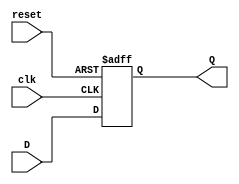
module ffd (input clk, reset,D, output reg Q);

	always @ (posedge clk or posedge reset) 
	begin
		if (reset==1)
			Q<=1'b0;
		else
			Q<=D;
	end
endmodule
 
module elevador (input clk, reset, A, B, output wire Y1,Y2,C);
 
	wire S1,S2,S1_F,S2_F,P1,P1_F,P2,P2_F,P3,P3_F,P4,P4_F;
	
	
	
	ffd U1(clk,reset,S1,S1_F);
	ffd U2(clk,reset,S2,S2_F);
	
	ffd U3(clk,reset,P1,P1_F);
	ffd U4(clk,reset,P2,P2_F);
	ffd U5(clk,reset,P3,P3_F);
	ffd U6(clk,reset,P4,P4_F);
	
	assign S1_F =(S2 & A & ~B & ~P1)|(S2 & A & ~B & ~P4)|(S1 & P1 & P4)|(S1 & S2)|(S1 & ~B)|(S1 & A); 
	assign S2_F =(S1 & ~S2 & ~A & B & ~P1) | (S1 & ~S2 & ~A & B & ~P4) | (~S1 & A & B & ~P1) | (~S1 & A & B & ~P4) 
				| (~S2 & A & ~B & ~P1) | (~S2 & A & ~B & ~P4) | (S2 & P1 & P4) | (S2 & ~A & ~B) | (S1 & S2 & ~B);
	
	assign P1_F =(P2 & P3 & P4) | (P1 & ~P3);
	assign P2_F =(~P2 & P3 & P4) | (P2 & ~P3) | (P2 & ~P4);
	assign P3_F =(~P1 & P3 & ~P4) | (~P3 & P4);
	assign P4_F =(~P1 & P3 & ~P4) | (~P3 & ~P4);

	assign Y1 = (~S1 & S2) | (S1 & ~S2);
	assign Y2 = (~S2);
	assign C = (P1 & P3); 
	
endmodule